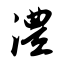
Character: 澧